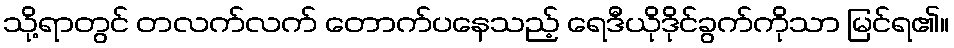
သို့ရာတွင် တလက်လက် တောက်ပနေသည့် ရေဒီယိုဒိုင်ခွက်ကိုသာ မြင်ရ၏။